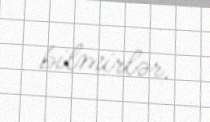
bilmirlər.